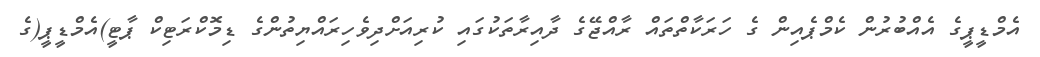
އެމްޑީޕީގެ އެއްބުރުން ކެމްޕެއިން ގެ ހަރަކާތްތައް ރާއްޖޭގެ ދާއިރާތަކުގައި ކުރިއަށްދިވެހިރައްޔިތުންގެ ޑިމޮކްރަޓިކް ޕާޓީ)އެމްޑީޕީ(ގެ